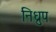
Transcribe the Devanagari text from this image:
निध्रुप